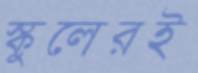
স্কুলেরই